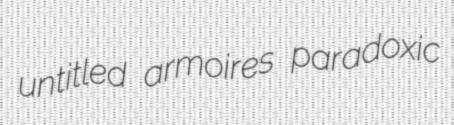
untitled armoires paradoxic